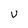
Character: U